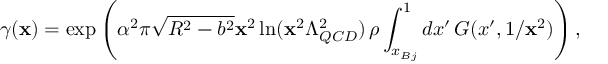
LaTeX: \gamma ( { \bf x } ) = \exp \left( \alpha ^ { 2 } \pi \sqrt { R ^ { 2 } - b ^ { 2 } } { \bf x } ^ { 2 } \ln ( { \bf x } ^ { 2 } \Lambda _ { Q C D } ^ { 2 } ) \, \rho \int _ { x _ { B j } } ^ { 1 } d x ^ { \prime } \, G ( x ^ { \prime } , 1 / { \bf x } ^ { 2 } ) \right) ,